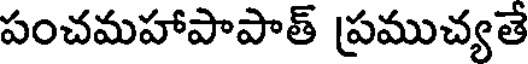
పంచమహాపాపాత్ ప్రముచ్యతే